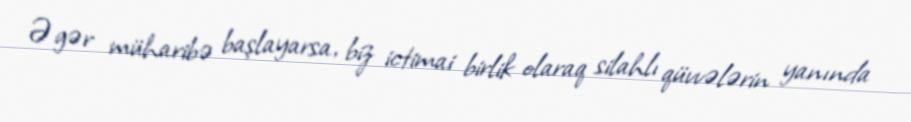
Əgər müharibə başlayarsa, biz ictimai birlik olaraq silahlı qüvvələrin yanında